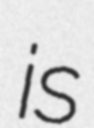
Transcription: is